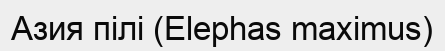
Азия пілі (Elephas maximus)